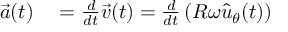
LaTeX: \begin{array} { r l } { { \vec { a } } ( t ) } & { { } = { \frac { d } { d t } } { \vec { v } } ( t ) = { \frac { d } { d t } } \left( R \omega { \hat { u } } _ { \theta } ( t ) \right) } \end{array}